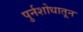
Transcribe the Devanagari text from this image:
पुर्नशोधातून